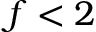
f < 2